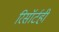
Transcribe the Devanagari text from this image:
रिसॉर्टही